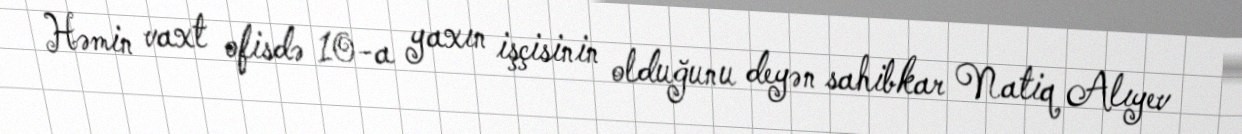
Həmin vaxt ofisdə 10-a yaxın işçisinin olduğunu deyən sahibkar Natiq Alıyev